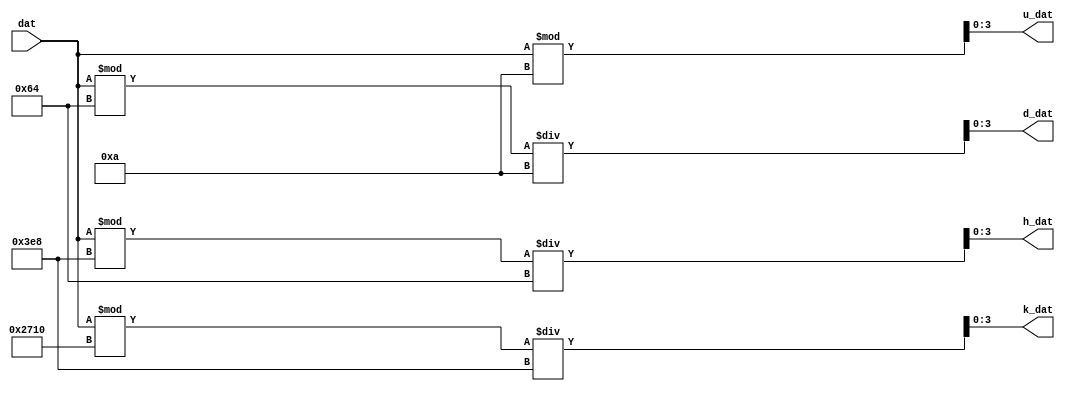
module data_handling(dat, k_dat, h_dat, d_dat, u_dat);

	input wire [15:0] dat;

	output reg [3:0] k_dat;	//
	output reg [3:0] h_dat;	//
	output reg [3:0] d_dat;	
	output reg [3:0] u_dat;	//
	
	always @ (*) begin
		k_dat = dat % 10000 / 1000;
		h_dat = dat % 1000 / 100;
		d_dat = dat % 100 / 10;
		u_dat = dat % 10;
	end

endmodule